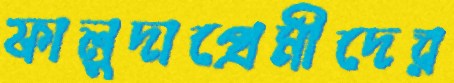
ফালুদাপ্রেমীদের